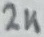
Text: 2K